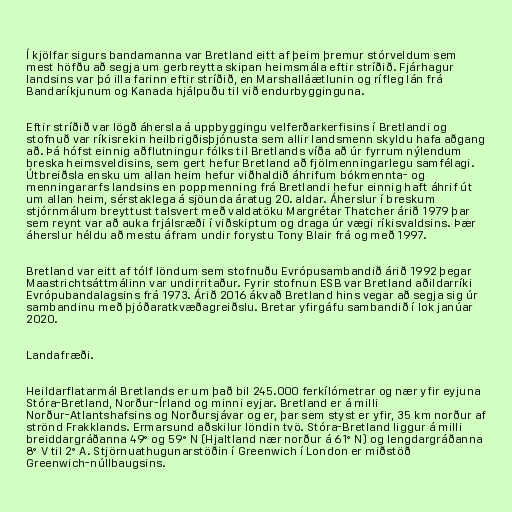
Í kjölfar sigurs bandamanna var Bretland eitt af þeim þremur stórveldum sem
mest höfðu að segja um gerbreytta skipan heimsmála eftir stríðið. Fjárhagur
landsins var þó illa farinn eftir stríðið, en Marshalláætlunin og rífleg lán frá
Bandaríkjunum og Kanada hjálpuðu til við endurbygginguna.

Eftir stríðið var lögð áhersla á uppbyggingu velferðarkerfisins í Bretlandi og
stofnuð var ríkisrekin heilbrigðisþjónusta sem allir landsmenn skyldu hafa aðgang
að. Þá hófst einnig aðflutningur fólks til Bretlands víða að úr fyrrum nýlendum
breska heimsveldisins, sem gert hefur Bretland að fjölmenningarlegu samfélagi.
Útbreiðsla ensku um allan heim hefur viðhaldið áhrifum bókmennta- og
menningararfs landsins en poppmenning frá Bretlandi hefur einnig haft áhrif út
um allan heim, sérstaklega á sjöunda áratug 20. aldar. Áherslur í breskum
stjórnmálum breyttust talsvert með valdatöku Margrétar Thatcher árið 1979 þar
sem reynt var að auka frjálsræði í viðskiptum og draga úr vægi ríkisvaldsins. Þær
áherslur héldu að mestu áfram undir forystu Tony Blair frá og með 1997.

Bretland var eitt af tólf löndum sem stofnuðu Evrópusambandið árið 1992 þegar
Maastrichtsáttmálinn var undirritaður. Fyrir stofnun ESB var Bretland aðildarríki
Evrópubandalagsins frá 1973. Árið 2016 ákvað Bretland hins vegar að segja sig úr
sambandinu með þjóðaratkvæðagreiðslu. Bretar yfirgáfu sambandið í lok janúar
2020.

Landafræði.

Heildarflatarmál Bretlands er um það bil 245.000 ferkílómetrar og nær yfir eyjuna
Stóra-Bretland, Norður-Írland og minni eyjar. Bretland er á milli
Norður-Atlantshafsins og Norðursjávar og er, þar sem styst er yfir, 35 km norður af
strönd Frakklands. Ermarsund aðskilur löndin tvö. Stóra-Bretland liggur á milli
breiddargráðanna 49° og 59° N (Hjaltland nær norður á 61° N) og lengdargráðanna
8° V til 2° A. Stjörnuathugunarstöðin í Greenwich í London er miðstöð
Greenwich-núllbaugsins.